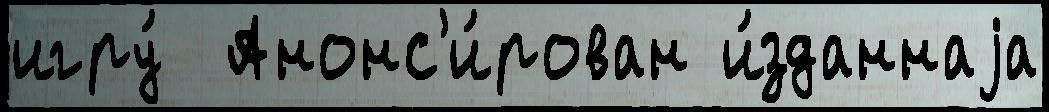
игру́  Анонс'и́рован и́зданнаjа